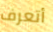
أتعرف